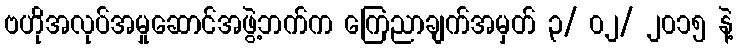
ဗဟိုအလုပ်အမှုဆောင်အဖွဲ့ဘက်က ကြေညာချက်အမှတ် ၃/ ၀၂/ ၂၀၁၅ နဲ့